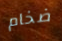
ضخام